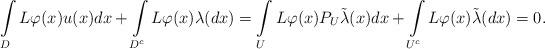
LaTeX: \begin{align*}\int\limits_DL\varphi(x) u(x)dx+\int\limits_{D^c}L\varphi(x)\lambda(dx)=\int\limits_U L\varphi(x)P_U\tilde{\lambda}(x)dx+\int\limits_{U^c}L\varphi(x)\tilde\lambda(dx)=0.\end{align*}